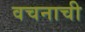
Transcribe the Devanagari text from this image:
वचनाची